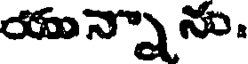
యున్నాను.